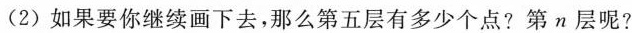
(2) 如果要你继续画下去，那么第五层有多少个点?第n层呢?